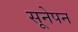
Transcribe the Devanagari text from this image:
सूनेपन